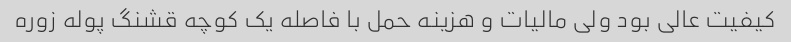
کیفیت عالی بود ولی مالیات و هزینه حمل با فاصله یک کوچه قشنگ پوله زوره